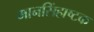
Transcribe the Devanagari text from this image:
मानसिंहाष्टक